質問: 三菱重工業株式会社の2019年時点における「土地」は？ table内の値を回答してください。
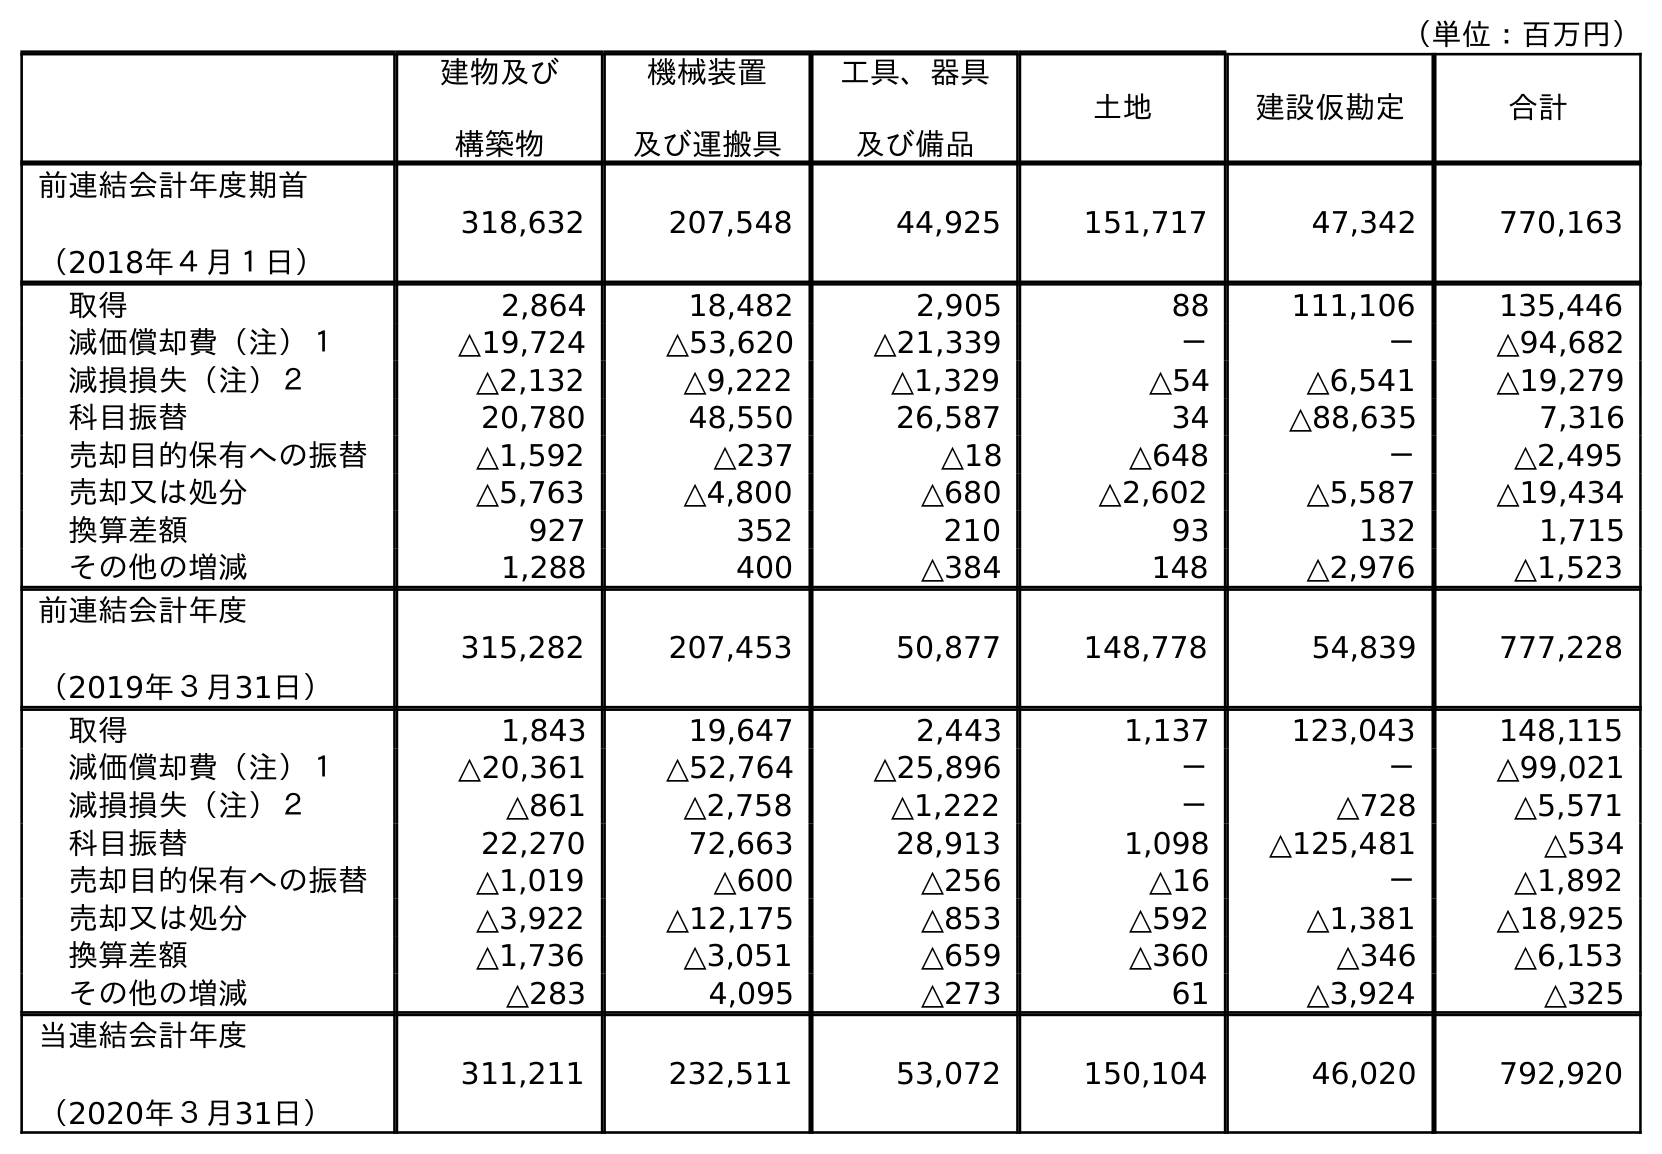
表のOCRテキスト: （単位：百万円） 建物及び 構築物 機械装置 及び運搬具 工具、器具 及び備品 土地 建設仮勘定 合計 前連結会計年度期首 （2018年４月１日） 318,632 207,548 44,925 151,717 47,342 770,163 取得 2,864 18,482 2,905 88 111,106 135,446 減価償却費（注）１ △19,724 △53,620 △21,339 － － △94,682 減損損失（注）２ △2,132 △9,222 △1,329 △54 △6,541 △19,279 科目振替 20,780 48,550 26,587 34 △88,635 7,316 売却目的保有への振替 △1,592 △237 △18 △648 － △2,495 売却又は処分 △5,763 △4,800 △680 △2,602 △5,587 △19,434 換算差額 927 352 210 93 132 1,715 その他の増減 1,288 400 △384 148 △2,976 △1,523 前連結会計年度 （2019年３月31日） 315,282 207,453 50,877 148,778 54,839 777,228 取得 1,843 19,647 2,443 1,137 123,043 148,115 減価償却費（注）１ △20,361 △52,764 △25,896 － － △99,021 減損損失（注）２ △861 △2,758 △1,222 － △728 △5,571 科目振替 22,270 72,663 28,913 1,098 △125,481 △534 売却目的保有への振替 △1,019 △600 △256 △16 － △1,892 売却又は処分 △3,922 △12,175 △853 △592 △1,381 △18,925 換算差額 △1,736 △3,051 △659 △360 △346 △6,153 その他の増減 △283 4,095 △273 61 △3,924 △325 当連結会計年度 （2020年３月31日） 311,211 232,511 53,072 150,104 46,020 792,920
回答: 148,778